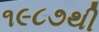
૧૯૮૭થી